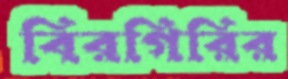
বিরগিরির